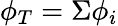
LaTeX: \phi_{T}=\Sigma\phi_{i}